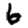
Digit: 6